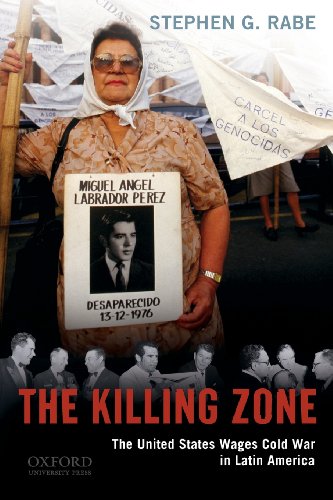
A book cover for The Killing Zone: The United States Wages Cold War in Latin America; Stephen G. Rabe; History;